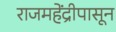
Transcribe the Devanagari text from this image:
राजमहेंद्रीपासून